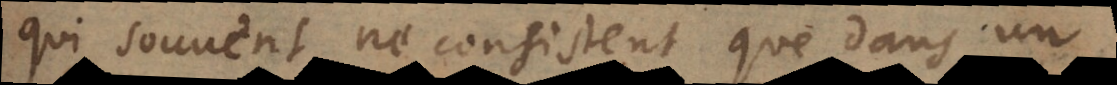
qui souvent ne consistent que dans un